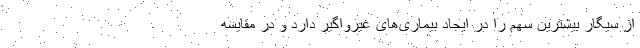
از سیگار بیشترین سهم را در ایجاد بیماری‌های غیرواگیر دارد و در مقایسه